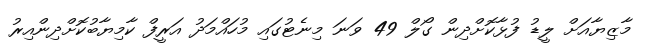
މާޒިޔާއަށް ލީޑު ފުޅާކޮށްދިން ގޯލް 49 ވަނަ މިނެޓުގައި މުހައްމަދު އަރީފް ކާމިޔާބުކޮށްދިންއިރު